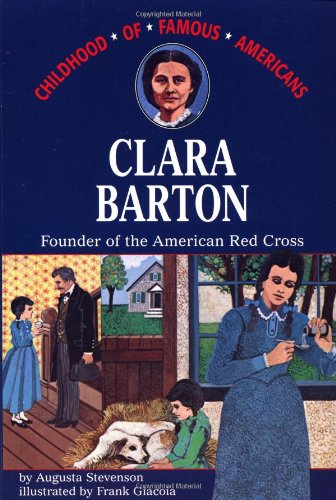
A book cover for Clara Barton: Founder of the American Red Cross (Childhood of Famous Americans); Augusta Stevenson; Children's Books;